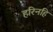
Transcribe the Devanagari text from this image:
हरिनहि